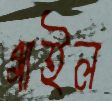
গাইল